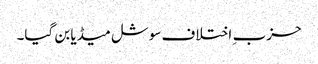
حزب ِ اختلاف سوشل میڈیا بن گیا۔